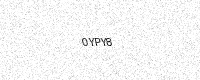
Text: 0YPY8